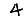
Digit: 4